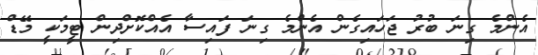
އެންމެ ގިނަ ބުރު ޖަހައިގެން އެންމެ ގިނަ ފައިސާ އެއްކޮށްދިން ޓީމަކީ މޭޑް